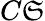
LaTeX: C\mathfrak{S}